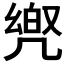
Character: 𠙡